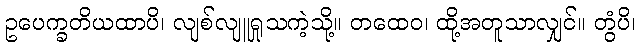
ဥပေက္ခတိယထာပိ၊ လျစ်လျူရှုသကဲ့သို့။ တထေဝ၊ ထို့အတူသာလျှင်။ တွံပိ၊